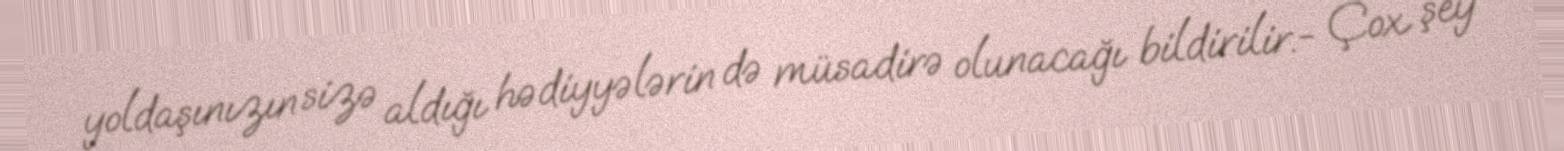
yoldaşınızın sizə aldığı hədiyyələrin də müsadirə olunacağı bildirilir.- Çox şey